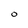
Character: O